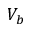
V _ { b }